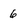
Character: 6